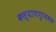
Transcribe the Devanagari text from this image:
कल्याणपूरजवळ